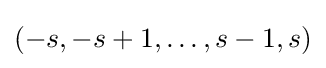
(-s,-s+1,\ldots ,s-1,s)